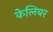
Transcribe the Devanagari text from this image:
केलिबर